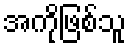
အကိုဖြစ်သူ